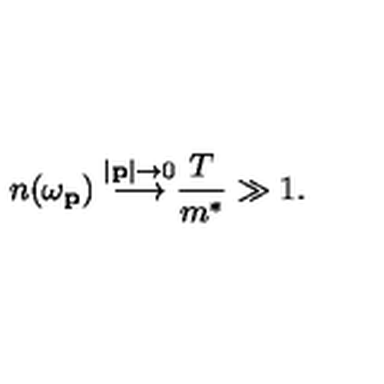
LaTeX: \frac { n ( \omega _ { \bf p } ) \buildrel \vert { \bf p } \vert \to 0 } { \longrightarrow { \frac { T } { m ^ { * } } } \gg 1 . }